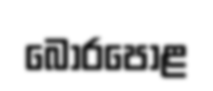
බොරපොළ